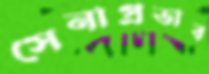
সেনাপ্রভাব